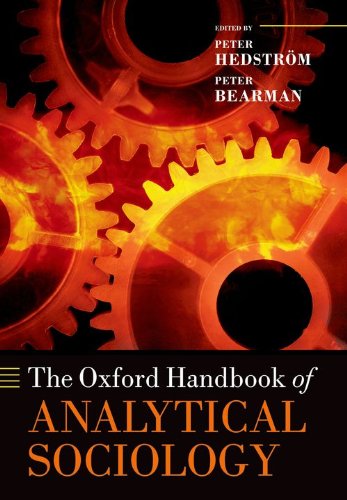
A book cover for The Oxford Handbook of Analytical Sociology (Oxford Handbooks); Politics & Social Sciences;